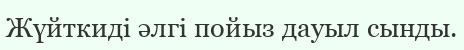
Жүйткидi әлгi пойыз дауыл сынды.